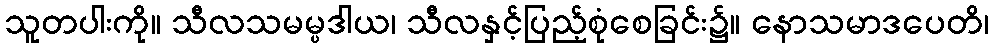
သူတပါးကို။ သီလသမမ္ပဒါယ၊ သီလနှင့်ပြည့်စုံစေခြင်း၌။ နောသမာဒပေတိ၊